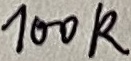
Text: 100K